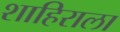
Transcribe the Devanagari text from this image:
शाहिराला